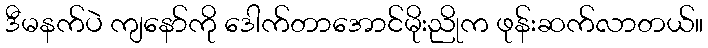
ဒီမနက်ပဲ ကျနော်ကို ဒေါက်တာအောင်မိုးညိုက ဖုန်းဆက်လာတယ်။